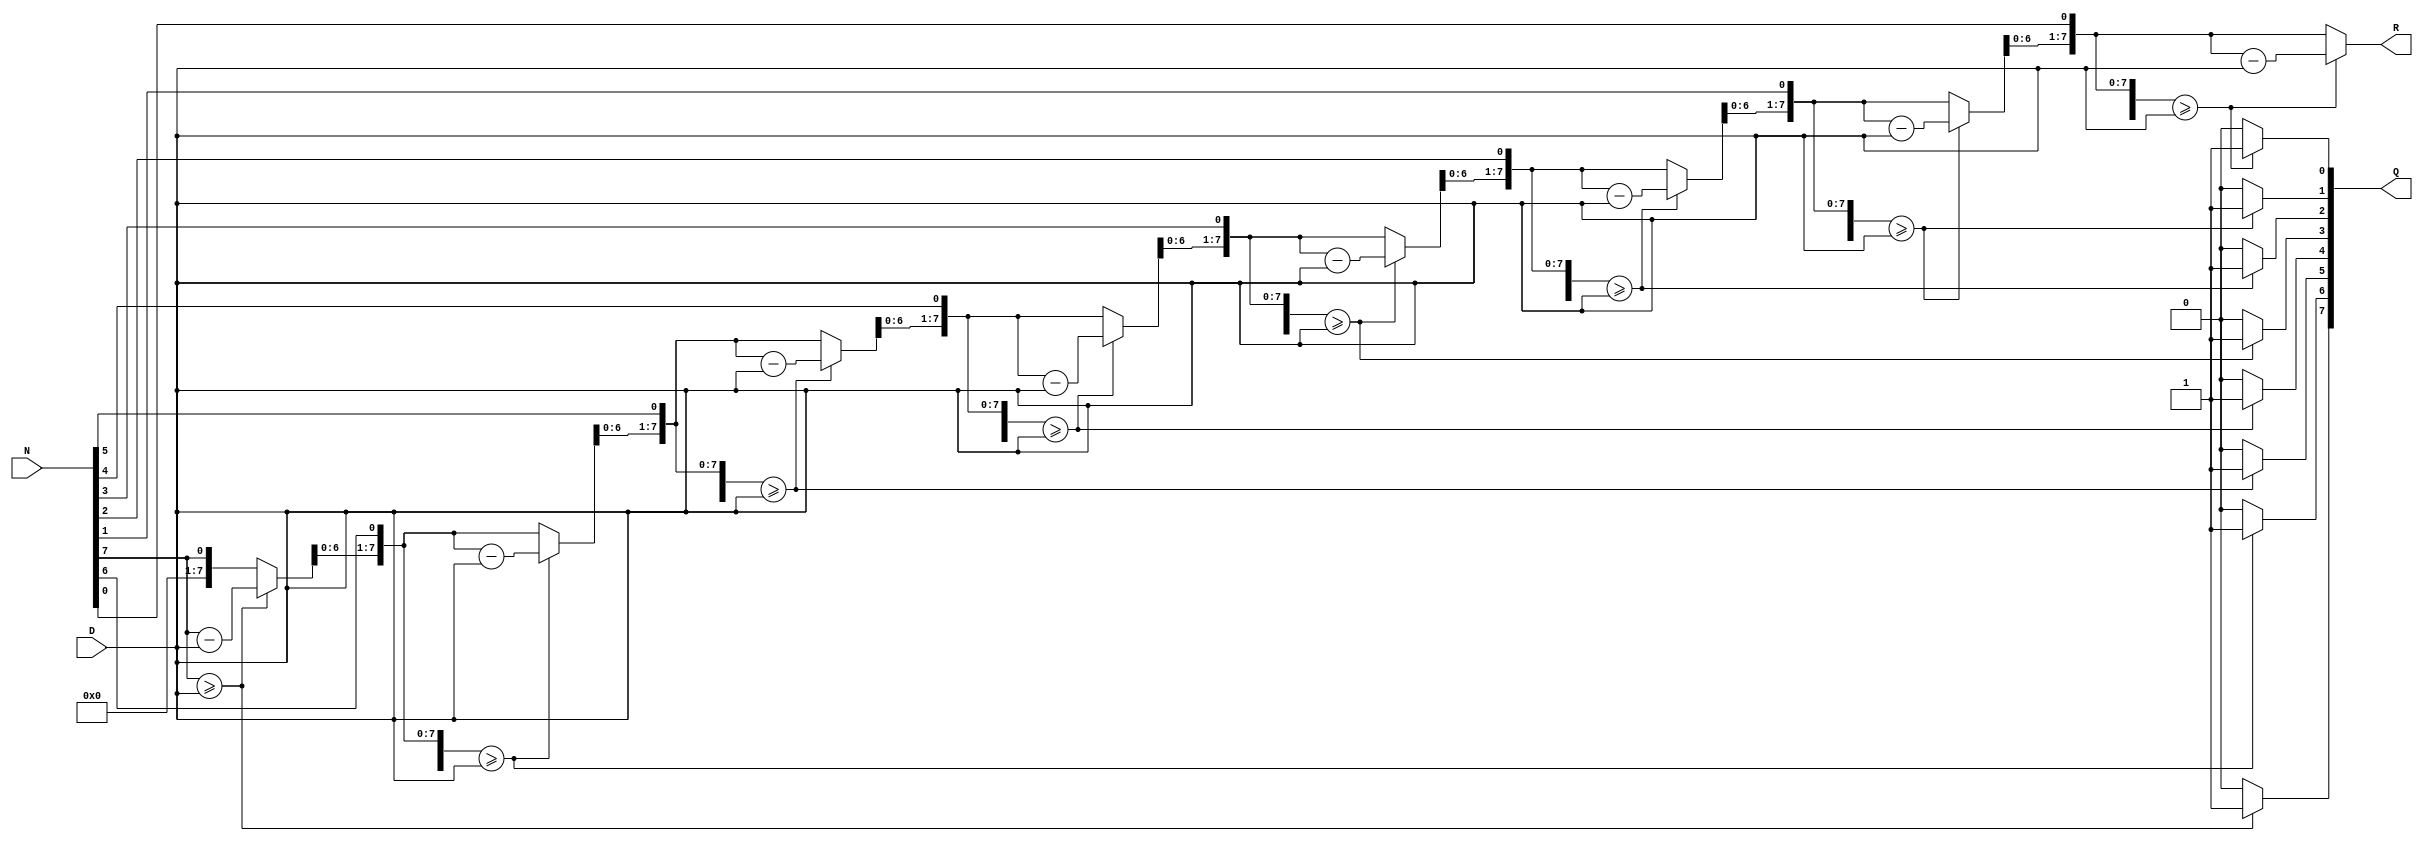
`timescale 1ns / 1ps
//////////////////////////////////////////////////////////////////////////////////
// Company: 
// Engineer: 
// 
// Design Name: 
// Module Name:    division 
// Project Name: 
// Target Devices: 
// Tool versions: 
// Description: 
//
// Dependencies: 
//
// Revision: 
// Revision 0.01 - File Created
// Additional Comments: 
//
//////////////////////////////////////////////////////////////////////////////////
module division(output reg [7:0] Q, // cat
					 output reg [7:0] R,	// rest
					 input [7:0] N, // deimpartit
					 input [7:0] D); // deimpartitor
					 
	reg [3:0] i;
	reg [8:0] Qaux;
	reg [8:0] Raux;
	
//calculul restului si al catului	
	always @(*) begin
		Qaux = 1'b0;
		Raux = 1'b0;
		for (i = 7; i > 0; i = i - 1) begin
			Raux = Raux << 1;
			Raux[0] = N[i];
			if (Raux >= D) begin
				Raux = Raux - D;
				Qaux[i] = 1;
			end
		end
		Raux = Raux << 1;
			Raux[0] = N[0];
			if (Raux >= D) begin
				Raux = Raux - D;
				Qaux[0] = 1;
			end
		Q = Qaux;
		R = Raux;
	end
	


endmodule